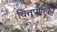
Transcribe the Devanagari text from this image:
वित्तपोषको